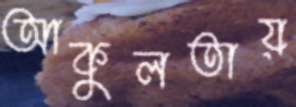
আকুলতায়